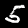
Label: 5